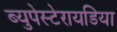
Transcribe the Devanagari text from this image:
ब्युपेस्टेरायडिया